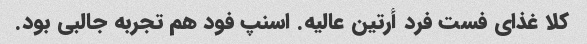
کلا غذای فست فرد أرتین عالیه. اسنپ فود هم تجربه جالبی بود.